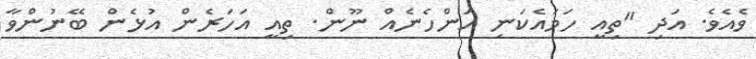
ވެއެވެ. އަދި "ތިއީ ހަމައެކަނި އަންހެނެއް ނޫން. ތިއީ އަހަރެން އުޅެން ބޭނުންވާ